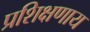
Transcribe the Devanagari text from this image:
प्रशिक्षणाय